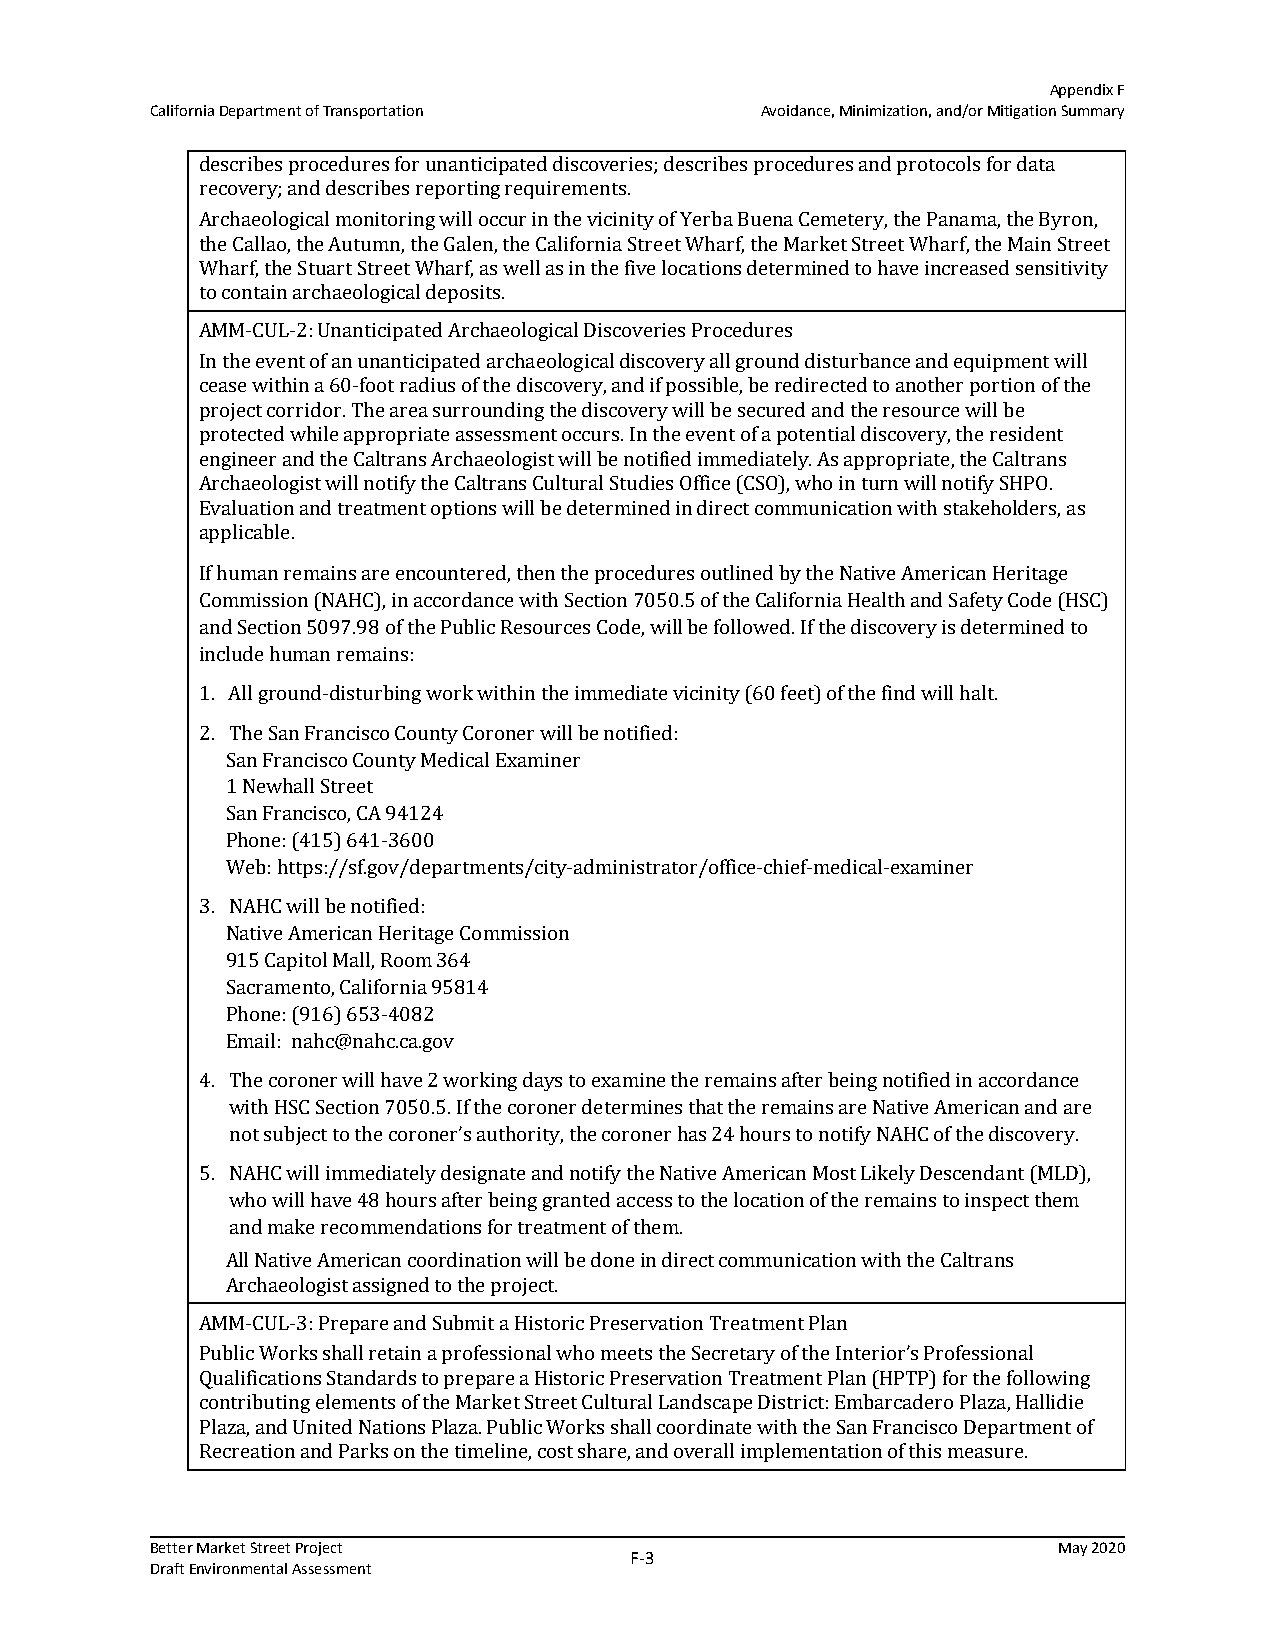
Appendix F
 California Department of Transportation Avoidance, Minimization, and/or Mitigation Summary
 describes procedures for unanticipated discoveries; describes procedures and protocols for data
 recovery; and describes reporting requirements.
 Archaeological monitoring will occur in the vicinity of Yerba Buena Cemetery, the Panama, the Byron,
 the Callao, the Autumn, the Galen, the California Street Wharf, the Market Street Wharf, the Main Street
 Wharf, the Stuart Street Wharf, as well as in the five locations determined to have increased sensitivity
 to contain archaeological deposits.
 AMM-CUL-2: Unanticipated Archaeological Discoveries Procedures
 In the event of an unanticipated archaeological discovery all ground disturbance and equipment will
 cease within a 60-foot radius of the discovery, and if possible, be redirected to another portion of the
 project corridor. The area surrounding the discovery will be secured and the resource will be
 protected while appropriate assessment occurs. In the event of a potential discovery, the resident
 engineer and the Caltrans Archaeologist will be notified immediately. As appropriate, the Caltrans
 Archaeologist will notify the Caltrans Cultural Studies Office (CSO), who in turn will notify SHPO.
 Evaluation and treatment options will be determined in direct communication with stakeholders, as
 applicable.
 If human remains are encountered, then the procedures outlined by the Native American Heritage
 Commission (NAHC), in accordance with Section 7050.5 of the California Health and Safety Code (HSC)
 and Section 5097.98 of the Public Resources Code, will be followed. If the discovery is determined to
 include human remains:
 1. All ground-disturbing work within the immediate vicinity (60 feet) of the find will halt.
 2. The San Francisco County Coroner will be notified:
 San Francisco County Medical Examiner
 1 Newhall Street
 San Francisco, CA 94124
 Phone: (415) 641-3600
 Web: https://sf.gov/departments/city-administrator/office-chief-medical-examiner
 3. NAHC will be notified:
 Native American Heritage Commission
 915 Capitol Mall, Room 364
 Sacramento, California 95814
 Phone: (916) 653-4082
 Email: nahc@nahc.ca.gov
 4. The coroner will have 2 working days to examine the remains after being notified in accordance
 with HSC Section 7050.5. If the coroner determines that the remains are Native American and are
 not subject to the coroner’s authority, the coroner has 24 hours to notify NAHC of the discovery.
 5. NAHC will immediately designate and notify the Native American Most Likely Descendant (MLD),
 who will have 48 hours after being granted access to the location of the remains to inspect them
 and make recommendations for treatment of them.
 All Native American coordination will be done in direct communication with the Caltrans
 Archaeologist assigned to the project.
 AMM-CUL-3: Prepare and Submit a Historic Preservation Treatment Plan
 Public Works shall retain a professional who meets the Secretary of the Interior’s Professional
 Qualifications Standards to prepare a Historic Preservation Treatment Plan (HPTP) for the following
 contributing elements of the Market Street Cultural Landscape District: Embarcadero Plaza, Hallidie
 Plaza, and United Nations Plaza. Public Works shall coordinate with the San Francisco Department of
 Recreation and Parks on the timeline, cost share, and overall implementation of this measure.
 Better Market Street Project                                May 2020
 F‐3
 Draft Environmental Assessment